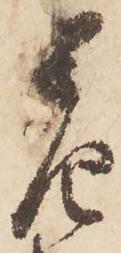
差